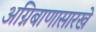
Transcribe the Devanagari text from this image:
अग्निबाणासारखे